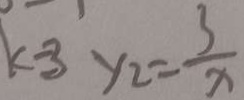
k = 3 y _ { 2 } = \frac { 3 } { x }